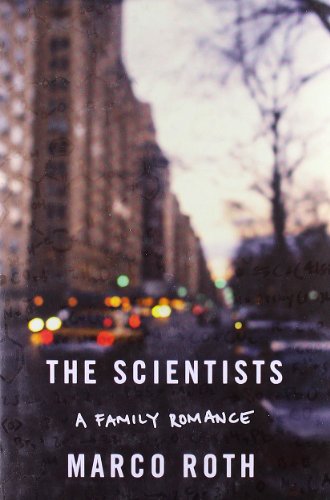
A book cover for The Scientists: A Family Romance; Marco Roth; Gay & Lesbian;